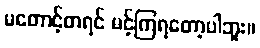
မတောင့်တရင် မင့်ကြရတော့ပါဘူး။